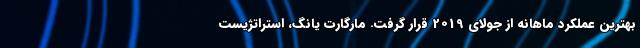
بهترین عملکرد ماهانه از جولای 2019 قرار گرفت. مارگارت یانگ، استراتژیست